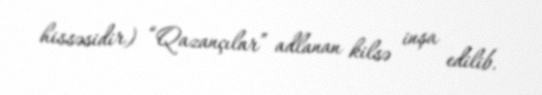
hissəsidir) “Qazançılar” adlanan kilsə inşa edilib.